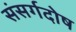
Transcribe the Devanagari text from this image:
संसर्गदोष